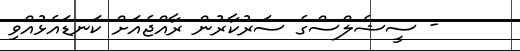
- ސީޝެލްސްގެ ސަރުކާރުން ރާއްޖެއަށް ކަނޑައެޅުއްވި